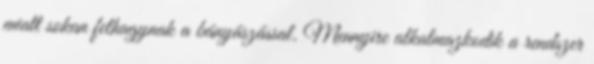
miatt sokan felhagynak a bányászással. Mennyire alkalmazkodik a rendszer